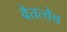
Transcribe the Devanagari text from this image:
वैतत्येन